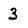
Character: 3